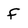
Character: f